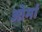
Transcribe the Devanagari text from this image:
ओमां